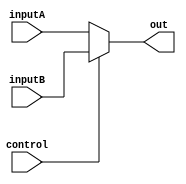
`ifndef MODULE_MUX32
`define MODULE_MUX32
`timescale 1ns / 1ps
//////////////////////////////////////////////////////////////////////////////////
// Company: 
// Engineer: 
// 
// Design Name: 
// Module Name: mux_32
// Project Name: 
// Target Devices: 
// Tool Versions: 
// Description: 
// 
// Dependencies: 
// 
// Revision:
// Revision 0.01 - File Created
// Additional Comments:
// 
//////////////////////////////////////////////////////////////////////////////////


module mux32(inputA, inputB, control, out);
    parameter bits = 32;
    input [bits-1:0] inputA;
    input [bits-1:0] inputB;
    input control; //the control signal
    output [bits-1:0] out; //the output
    assign out= (control==1'b0) ?inputA:inputB;
endmodule

`endif